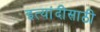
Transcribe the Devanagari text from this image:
इत्यांदीसाठी